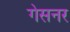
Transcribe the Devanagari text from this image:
गेसनर